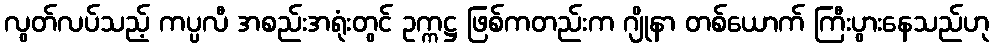
လွတ်လပ်သည့် ကပ္ပလီ အစည်းအရုံးတွင် ဥက္ကဋ္ဌ ဖြစ်ကတည်းက ဂျိုနာ တစ်ယောက် ကြီးပွားနေသည်ဟု